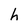
Character: h